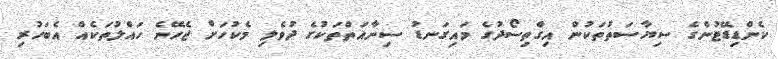
ކެންޑިޑޭޓުންގެ ސިޔާސަތުތަކުން އިގްތިސޯދުގެ މައިގަނޑު ސިނާއަތްތަކުގެ ދުވެލި މެކުހަށް ޖެހޭނެ ހައްލުތަކެއް އެބަހުރި